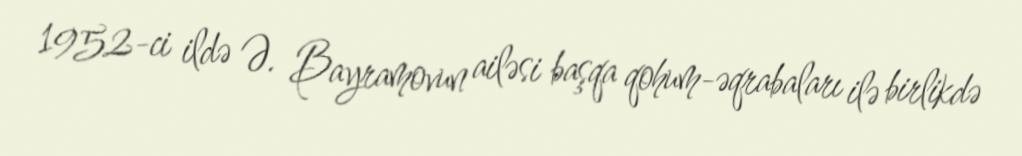
1952-ci ildə Ə. Bayramovun ailəsi başqa qohum-əqrabaları ilə birlikdə